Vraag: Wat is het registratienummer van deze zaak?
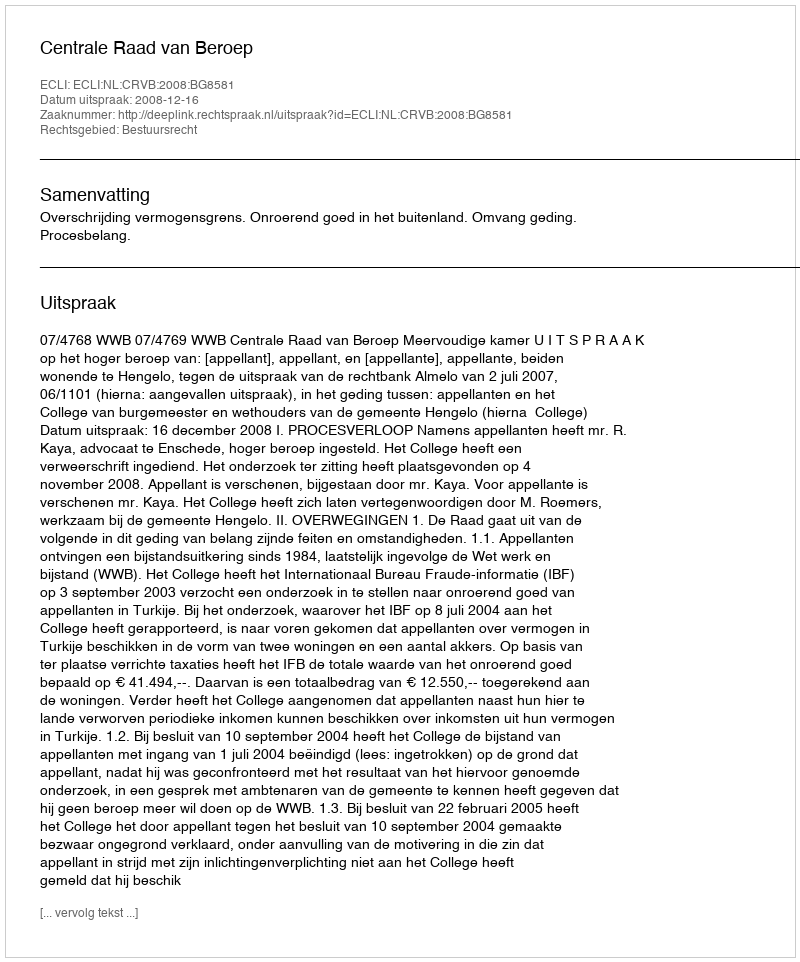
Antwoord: http://deeplink.rechtspraak.nl/uitspraak?id=ECLI:NL:CRVB:2008:BG8581